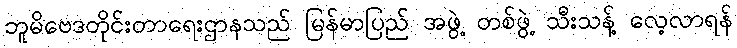
ဘူမိဗေဒတိုင်းတာရေးဌာနသည် မြန်မာပြည် အဖွဲ့ တစ်ဖွဲ့ သီးသန့် လေ့လာရန်